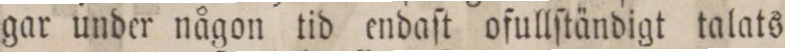
gar under någon tid endaſt ofullſtändigt talats